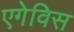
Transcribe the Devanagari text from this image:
एगेविस